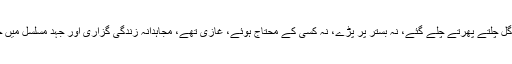
جنرل حمید گل چلتے پھرتے چلے گئے، نہ بستر پر پڑے، نہ کسی کے محتاج ہوئے، غازی تھے، مجاہدانہ زندگی گزاری اور جہد مسلسل میں جان دے دی۔